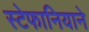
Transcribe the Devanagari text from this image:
स्टेफानियाने